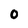
Character: O